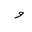
Letter: _waw